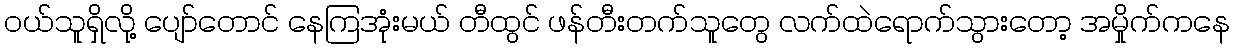
ဝယ်သူရှိလို့ ပျော်တောင် နေကြအုံးမယ် တီထွင် ဖန်တီးတက်သူတွေ လက်ထဲရောက်သွားတော့ အမှိုက်ကနေ